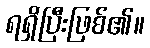
ရရှိပြီးဖြစ်၏။